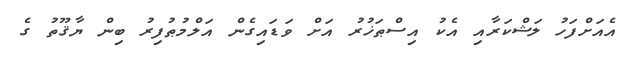
އެއަށްފަހު ލަޝްކަރާއި އެކު އިސްޠަޚުރު އަށް ވަޑައިގެން އަލްމުޠުފިރު ބިން ޔާޤޫތު ގެ